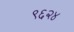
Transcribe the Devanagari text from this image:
९६२४